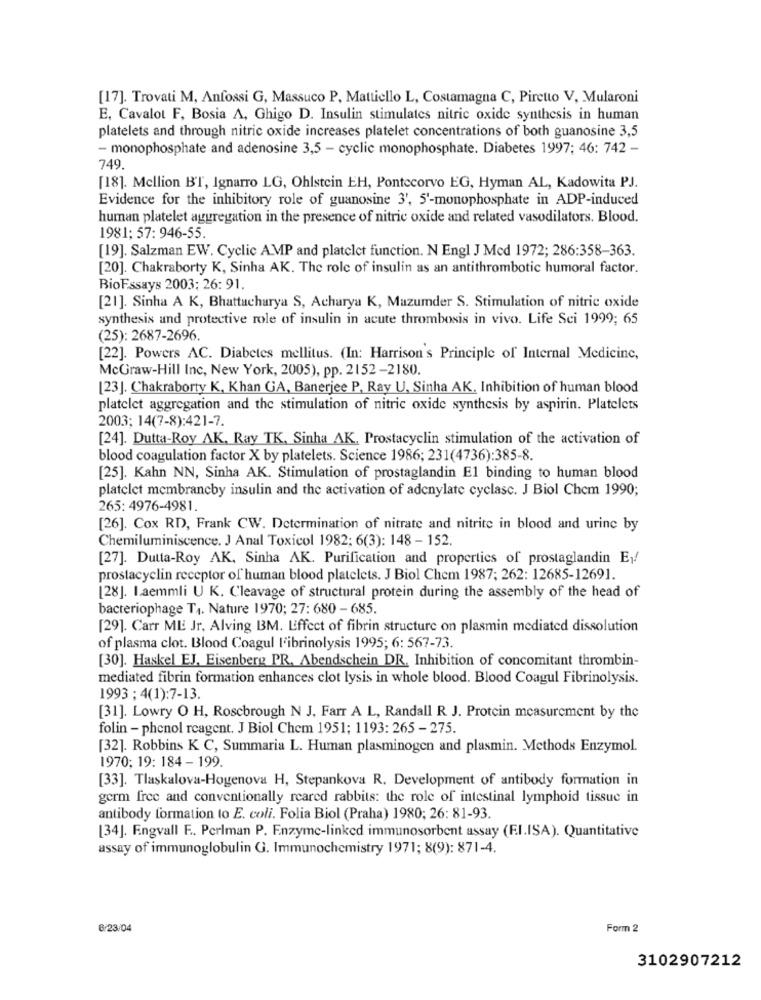
[17]. Trovati M, Anfossi G, Massuco P, Mattiello L, Costamagna C, Piretto V, Mularoni
E, Cavalot F, Bosia A, Ghigo D. Insulin stimulates nitric oxide synthesis in human
platelets and through nitric oxide increases platelet concentrations of both guanosine 3,5
- monophosphate and adenosine 3,5 - cyclic monophosphate. Diabetes 1997; 46: 742 -
749.
[18]. Mellion BT, Ignarro LG, Ohlstein EH, Pontecorvo EG, Hyman AL, Kadowita PJ.
Evidence for the inhibitory role of guanosine 3', 5'-monophosphate in ADP-induced
human platelet aggregation in the presence of nitric oxide and related vasodilators. Blood.
1981: 57: 946-55.
[19]. Salzman EW. Cyclic AMP and platelet function. N Engl J Med 1972; 286:358-363.
[20]. Chakraborty K, Sinha AK. The role of insulin as an antithrombotic humoral factor.
BioFssays 2003: 26: 91.
[21]. Sinha A K, Bhattacharya S, Acharya K, Mazumder S. Stimulation of nitric oxide
synthesis and protective role of insulin in acute thrombosis in vivo. Life Sci 1999; 65
(25): 2687-2696.
[22]. Powers AC. Diabetes mellitus. (In: Harrison's Principle of Internal Medicine,
McGraw-Hill Inc, New York, 2005), pp. 2152-2180.
[23]. Chakraborty K, Khan GA, Banerjee P, Ray U, Sinha AK. Inhibition of human blood
platelet aggregation and the stimulation of nitric oxide synthesis by aspirin. Platelets
2003; 14(7-8):421-7.
[24]. Dutta-Roy AK, Ray TK, Sinha AK. Prostacyclin stimulation of the activation of
blood coagulation factor X by platelets. Science 1986; 231(4736):385-8.
[25]. Kahn NN, Sinha AK. Stimulation of prostaglandin E1 binding to human blood
platelet membraneby insulin and the activation of adenylate cyclasc. J Biol Chem 1990;
265: 4976-4981.
[26]. Cox RD, Frank CW. Determination of nitrate and nitrite in blood and urine by
Chemiluminiscence. J Anal Toxicol 1982; 6(3): 148 - 152.
[27]. Dutta-Roy AK. Sinha AK. Purification and properties of prostaglandin Ey!
prostacyclin receptor of human blood platelets. J Biol Chem 1987; 262: 12685-12691.
[28]. Laemmli U K. Cleavage of structural protein during the assembly of the head of
bacteriophage T4. Nature 1970; 27: 680 - 685.
[29]. Carr ML Jr, Alving BM. Effect of fibrin structure on plasmin mediated dissolution
of plasma clot. Blood Coagul l'ibrinolysis 1995; 6: 567-73.
[30]. Haskel EJ, Eisenberg PR. Abendschein DR. Inhibition of concomitant thrombin-
mediated fibrin formation enhances clot lysis in whole blood. Blood Coagul Fibrinolysis.
1993 ; 4(1):7-13.
[31]. Lowry O H, Roscbrough N J. Farr A L, Randall R J. Protein measurement by the
folin - phenol reagent. J Biol Chem 1951; 1193: 265 - 275.
[32]. Robbins K C, Summaria L. Human plasminogen and plasmin. Methods Enzymol.
1970; 19: 184 - 199.
[33]. Tlaskalova-Hogenova H, Stepankova R. Development of antibody formation in
germ free and conventionally reared rabbits: the role of intestinal lymphoid tissue in
antibody formation to E. coli. Folia Biol (Praha) 1980; 26: 81-93.
[34]. Engvall F. Perlman P. Enzyme-linked immunosorbent assay (F.I.ISA). Quantitative
assay of immunoglobulin G. Immunochemistry 1971; 8(9): 871-4.
6/23/04
Form 2
3102907212